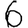
Digit: 6